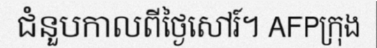
ជំនួបកាលពីថ្ងៃសៅរ៍។ AFPក្រុង